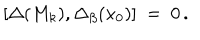
[ \Delta ( M _ { k } ) , \Delta _ { \beta } ( x _ { 0 } ) ] \ = \ 0 \, .